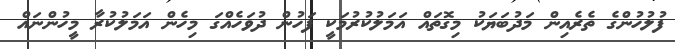
ފުލުހުންގެ ތެރެއިން މަދުބަޔަކު މިގޮތައް އަމަލުކުރުމަކީ ފަހުން ދުވަހެއްގަ މިހެން އަމަލުކުރާ މީހުންނައް